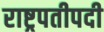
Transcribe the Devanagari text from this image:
राष्ट्रपतीपदी